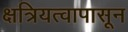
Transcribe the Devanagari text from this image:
क्षत्रियत्वापासून